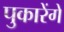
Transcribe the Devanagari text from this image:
पुकारेंगे